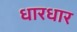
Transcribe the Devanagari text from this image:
धारधार